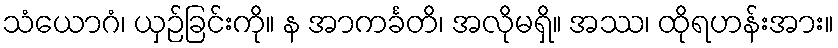
သံယောဂံ၊ ယှဉ်ခြင်းကို။ န အာကင်္ခတိ၊ အလိုမရှိ။ အဿ၊ ထိုရဟန်းအား။